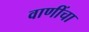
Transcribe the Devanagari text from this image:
वाणींचा